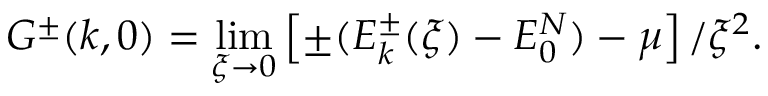
G ^ { \pm } ( k , 0 ) = \operatorname* { l i m } _ { \xi \to 0 } \left[ \pm ( E _ { k } ^ { \pm } ( \xi ) - E _ { 0 } ^ { N } ) - \mu \right] / \xi ^ { 2 } .